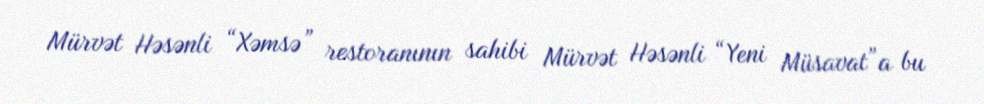
Mürvət Həsənli “Xəmsə” restoranının sahibi Mürvət Həsənli “Yeni Müsavat”a bu